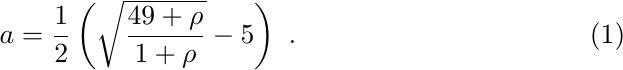
\begin{equation}
\label{eq:correlation}
a = \frac{1}{2} \left( \sqrt{\frac{49+\rho}{1+\rho}} -5 \right)~.
\end{equation}